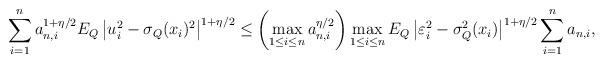
LaTeX: \begin{align*} \sum_{i=1}^n a_{n,i}^{1+\eta/2}E_{Q}\left|u_i^2-\sigma_Q(x_i)^2\right|^{1+\eta/2} \le \left(\max_{1\le i\le n} a_{n,i}^{\eta/2}\right) \max_{1\le i\le n}E_Q\left|\varepsilon_i^2-\sigma_Q^2(x_i)\right|^{1+\eta/2} \sum_{i=1}^{n}a_{n,i},\end{align*}